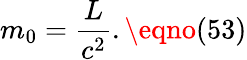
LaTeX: m_{0}=\frac{L}{c^{2}}.\eqno(53)